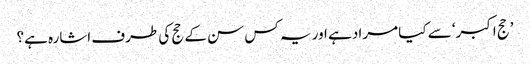
’حج اکبر‘ سے کیا مراد ہے اور یہ کس سن کے حج کی طرف اشارہ ہے؟